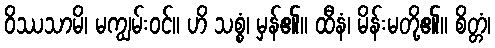
ဝိဿသာမိ၊ မကျွမ်းဝင်။ ဟိ သစ္စံ၊ မှန်၏။ ထီနံ၊ မိန်းမတို့၏။ စိတ္တံ၊